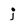
Character: j